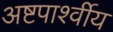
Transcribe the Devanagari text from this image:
अष्टपार्श्वीय